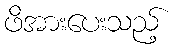
ဖိအားပေးသည့်